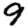
Digit: 9